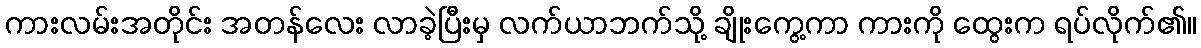
ကားလမ်းအတိုင်း အတန်လေး လာခဲ့ပြီးမှ လက်ယာဘက်သို့ ချိုးကွေ့ကာ ကားကို ထွေးက ရပ်လိုက်၏။